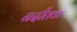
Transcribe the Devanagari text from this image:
नदीतक